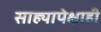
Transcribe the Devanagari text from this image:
साह्यापेक्षाही